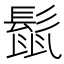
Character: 𮫈